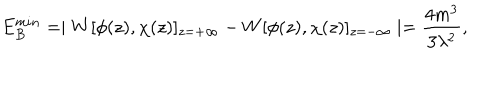
E _ { B } ^ { m i n } = \mid W [ \phi ( z ) , \chi ( z ) ] _ { z = + \infty } - W [ \phi ( z ) , \chi ( z ) ] _ { z = - \infty } \mid = \frac { 4 m ^ { 3 } } { 3 \lambda ^ { 2 } } ,